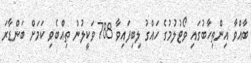
ބާއްވާ އިންތިހާބުގައި ވޯޓުލުމުގެ ހައްގު ލިބިފައިވާ 788 ވަކީލުން ތިއްބެވި ކަމަށް ބަންޑާރަ